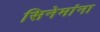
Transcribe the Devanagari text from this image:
सिनेमांना